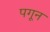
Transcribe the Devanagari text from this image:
पगून